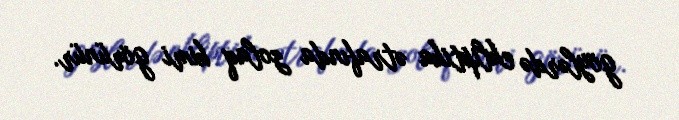
göylərdə ekliptika ətrafında zolaq kimi görünür.